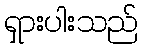
ရှားပါးသည်